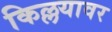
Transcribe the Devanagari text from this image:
किल्लयावर